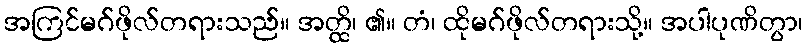
အကြင်မဂ်ဖိုလ်တရားသည်။ အတ္ထိ၊ ၏။ တံ၊ ထိုမဂ်ဖိုလ်တရားသို့။ အပါပုဏိတွာ၊